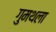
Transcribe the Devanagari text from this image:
गुमथला